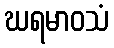
ဃရမာဝသံ